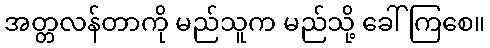
အတ္တလန်တာကို မည်သူက မည်သို့ ခေါ်ကြစေ။